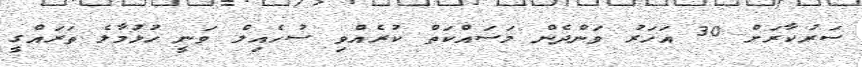
ސަރުކާރަށް 30 އަހަރު ވަންދެން މަސައްކަތް ކުރެއްވި ސުހެއިލް ވަނީ ހުޅުމާލެ ތަރަައްގީ